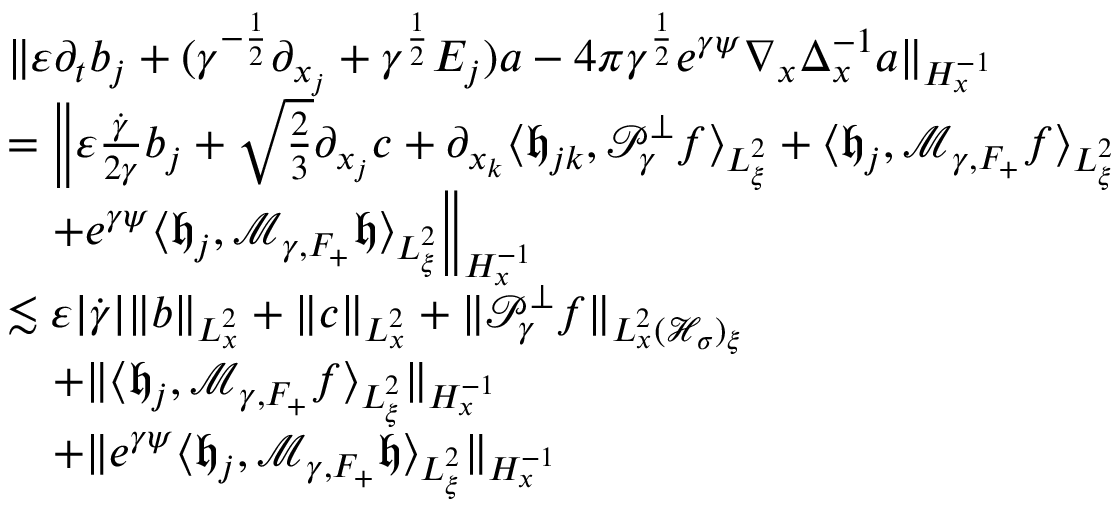
\begin{array} { r l } & { \| \varepsilon \partial _ { t } b _ { j } + ( \gamma ^ { - \frac { 1 } { 2 } } \partial _ { x _ { j } } + \gamma ^ { \frac { 1 } { 2 } } E _ { j } ) a - 4 \pi \gamma ^ { \frac { 1 } { 2 } } e ^ { \gamma \psi } \nabla _ { x } \Delta _ { x } ^ { - 1 } a \| _ { H _ { x } ^ { - 1 } } } \\ & { = \Big \| \varepsilon \frac { \dot { \gamma } } { 2 \gamma } b _ { j } + \sqrt { \frac { 2 } { 3 } } \partial _ { x _ { j } } c + \partial _ { x _ { k } } \langle \mathfrak h _ { j k } , \mathcal P _ { \gamma } ^ { \perp } f \rangle _ { L _ { \xi } ^ { 2 } } + \langle \mathfrak h _ { j } , \mathcal M _ { \gamma , F _ { + } } f \rangle _ { L _ { \xi } ^ { 2 } } } \\ & { \quad + e ^ { \gamma \psi } \langle \mathfrak h _ { j } , \mathcal M _ { \gamma , F _ { + } } \mathfrak h \rangle _ { L _ { \xi } ^ { 2 } } \Big \| _ { H _ { x } ^ { - 1 } } } \\ & { \lesssim \varepsilon | \dot { \gamma } | \| b \| _ { L _ { x } ^ { 2 } } + \| c \| _ { L _ { x } ^ { 2 } } + \| \mathcal P _ { \gamma } ^ { \perp } f \| _ { L _ { x } ^ { 2 } ( \mathcal H _ { \sigma } ) _ { \xi } } } \\ & { \quad + \| \langle \mathfrak h _ { j } , \mathcal M _ { \gamma , F _ { + } } f \rangle _ { L _ { \xi } ^ { 2 } } \| _ { H _ { x } ^ { - 1 } } } \\ & { \quad + \| e ^ { \gamma \psi } \langle \mathfrak h _ { j } , \mathcal M _ { \gamma , F _ { + } } \mathfrak h \rangle _ { L _ { \xi } ^ { 2 } } \| _ { H _ { x } ^ { - 1 } } } \end{array}